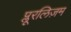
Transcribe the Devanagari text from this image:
प्लूरलिज़म